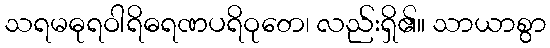
သရမဓုရဝါရိဓရဏပရိဝုတေ၊ လည်းရှိ၏။ သာယာစွာ